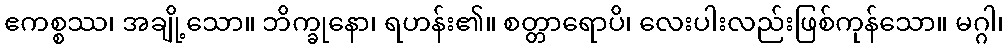
ဧကစ္စဿ၊ အချို့သော။ ဘိက္ခုနော၊ ရဟန်း၏။ စတ္တာရောပိ၊ လေးပါးလည်းဖြစ်ကုန်သော။ မဂ္ဂါ၊